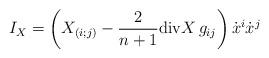
LaTeX: \begin{align*}I_X=\left(X_{(i;j)}-\frac{2}{n+1}\mathrm{div}X\, g_{ij}\right)\dot{x}^i\dot{x}^j\end{align*}